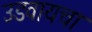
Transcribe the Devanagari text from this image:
उडवायचा